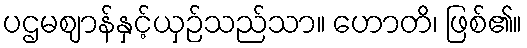
ပဌမဈာန်နှင့်ယှဉ်သည်သာ။ ဟောတိ၊ ဖြစ်၏။